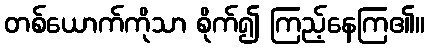
တစ်ယောက်ကိုသာ စိုက်၍ ကြည့်နေကြ၏။